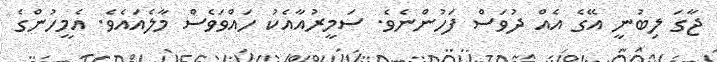
ޖާގަ ލިބުނީ އޭގެ އެއް ދުވަސް ފަހުންނެވެ. ސަމީރުއާއެކު ހައްވަވެސް މާލެއައެވެ. އެމީހުންގެ